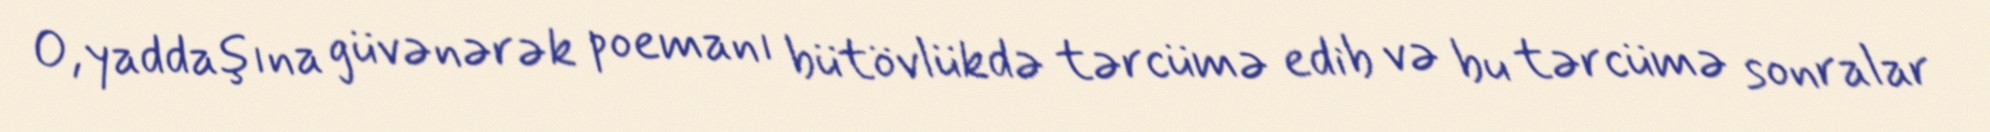
O, yaddaşına güvənərək poemanı bütövlükdə tərcümə edib və bu tərcümə sonralar